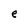
Character: e